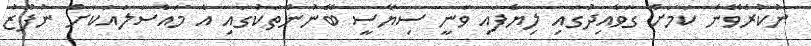
ނުކުރެވޭނެ ކަމަށް ގަވާއިދުގައި ލިޔެފައި ވަނީ ސިޔާސީ ބޭނުންތަކުގައި އެ މައްސަލައަކަށް ނުފޫޒު